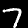
Digit: 7